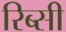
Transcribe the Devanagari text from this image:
रिब्सी